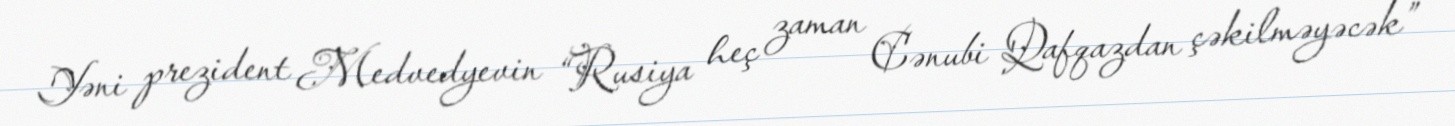
Yəni prezident Medvedyevin “Rusiya heç zaman Cənubi Qafqazdan çəkilməyəcək”